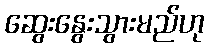
ဆွေးနွေးသွားမည်ဟု